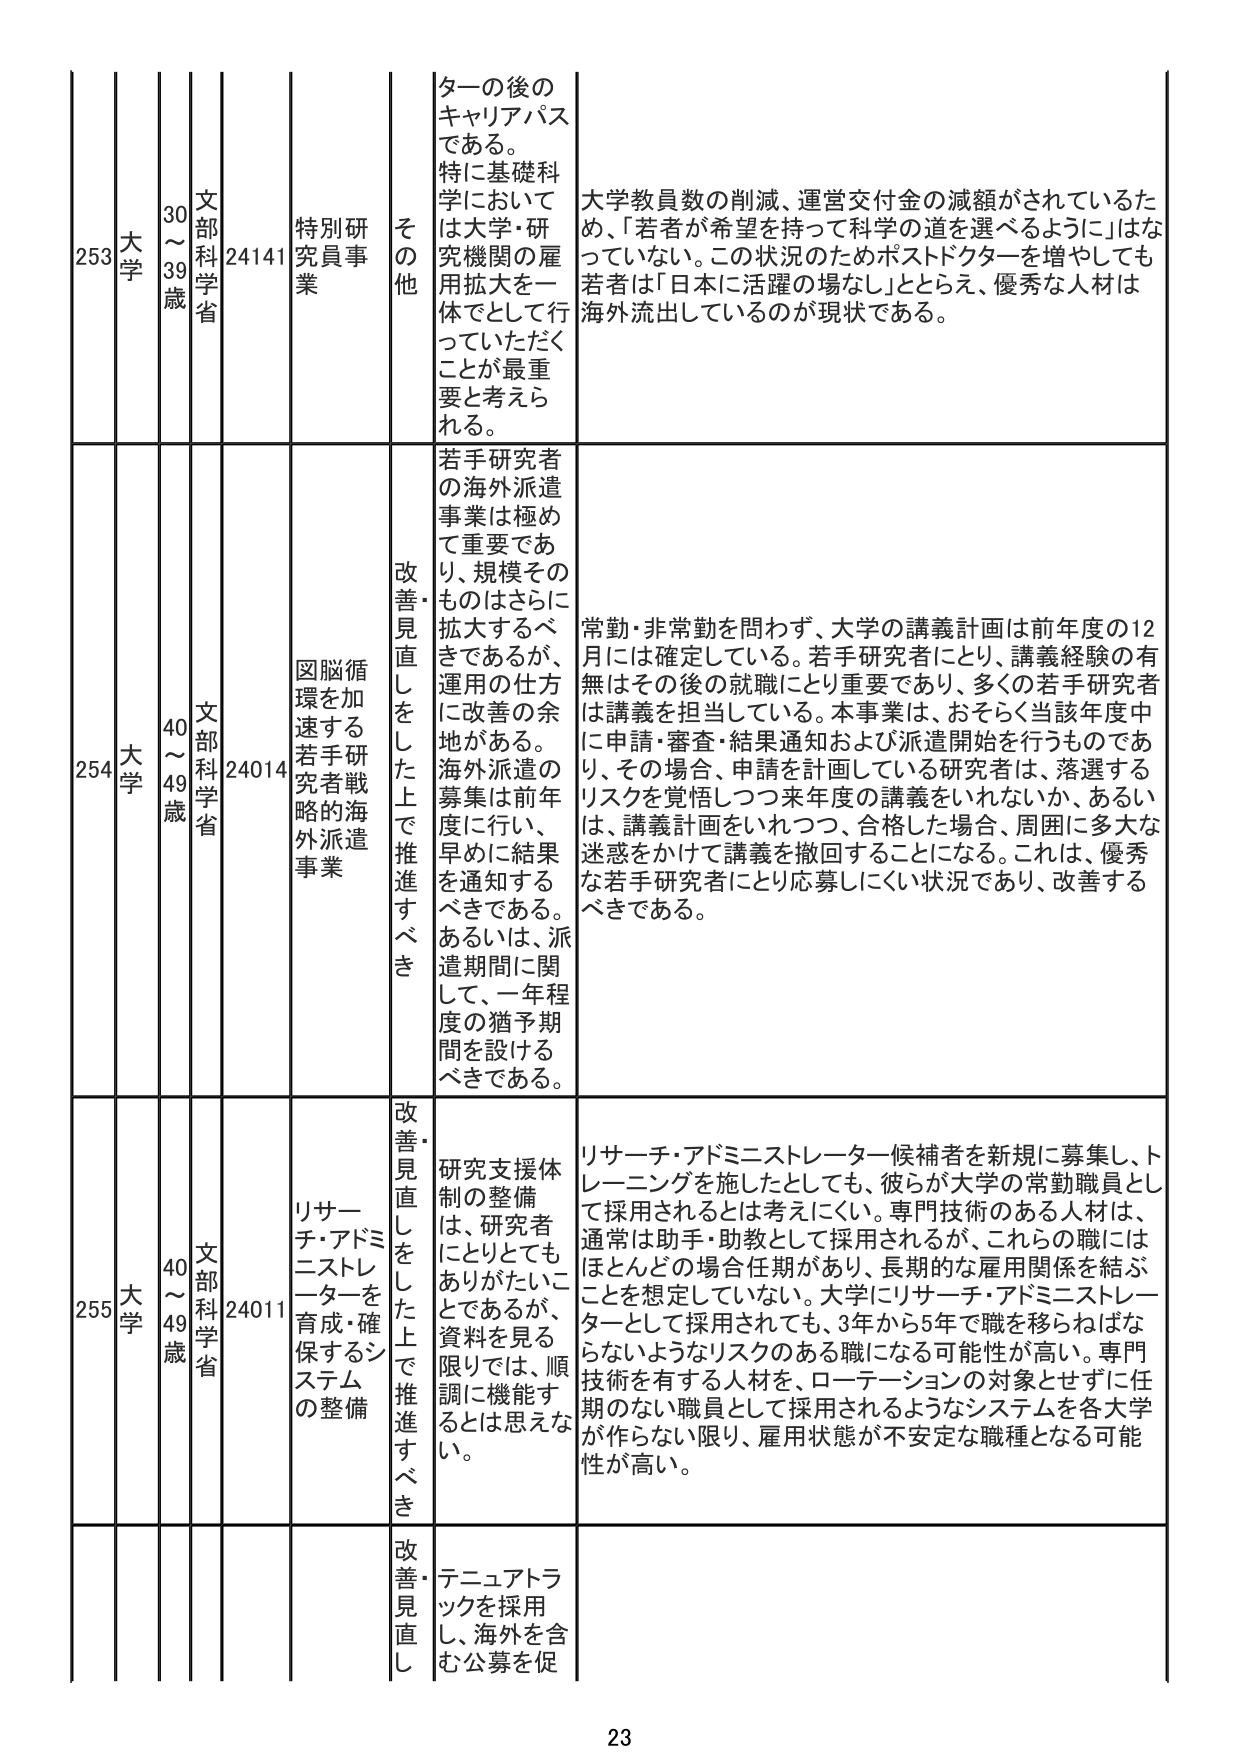
253 大学 30～39歳 文部科学省 24141 特別研究員事業 その他 ターの後のキャリアパスである。特に基礎科学においては大学・研究機関の雇用拡大を一体でとして行っていただくことが最重要と考えられる。 大学教員数の削減、運営交付金の減額がされているため、「若者が希望を持って科学の道を選べるように」はなっていない。この状況のためポストドクターを増やしても若者は「日本に活躍の場なし」ととらえ、優秀な人材は海外流出しているのが現状である。

254 大学 40～49歳 文部科学省 24014 図脳循環を加速する若手研究者戦略的海外派遣事業 改善・見直しをした上で推進すべき 若手研究者の海外派遣事業は極めて重要であり、規模そのものはさらに拡大するべきであるが、運用の仕方に改善の余地がある。海外派遣の募集は前年度に行い、早めに結果を通知するべきである。あるいは、派遣期間に関して、一年程度の猶予期間を設けるべきである。 常勤・非常勤を問わず、大学の講義計画は前年度の12月には確定している。若手研究者にとり、講義経験の有無はその後の就職にとり重要であり、多くの若手研究者は講義を担当している。本事業は、おそらく当該年度中に申請・審査・結果通知および派遣開始を行うものであり、その場合、申請を計画している研究者は、落選するリスクを覚悟しつつ来年度の講義をいれなか、あるいは、講義計画をいれつつ、合格した場合、周囲に多大な迷惑をかけて講義を撤回することになる。これは、優秀な若手研究者にとり応募しにくい状況であり、改善するべきである。

255 大学 40～49歳 文部科学省 24011 リサーチ・アドミニストレーターを育成・確保するシステムの整備 改善・見直しをした上で推進すべき 研究支援体制の整備は、研究者にとりとてもありがたいことであるが、資料を見る限りでは、順調に機能するとは思えない。 リサーチ・アドミニストレーター候補者を新規に募集し、トレーニングを施したとしても、彼らが大学の常勤職員として採用されるとは考えにくい。専門技術のある人材は、通常は助手・助教として採用されるが、これらの職にはほとんどの場合任期があり、長期的な雇用関係を結ぶことを想定していない。大学にリサーチ・アドミニストレーターとして採用されても、3年から5年で職を移らねばならないようなリスクのある職になる可能性が高い。専門技術を有する人材を、ローテーションの対象とせずに任期のない職員として採用されるようなシステムを各大学が作らない限り、雇用状態が不安定な職種となる可能性が高い。

改善・見直し テニュアトラックを採用し、海外を含む公募を促

23